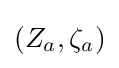
\left(Z_{a},\zeta _{a}\right)